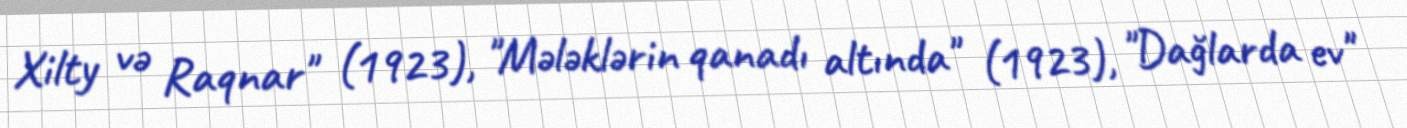
Xilty və Raqnar" (1923), "Mələklərin qanadı altında" (1923), "Dağlarda ev"